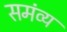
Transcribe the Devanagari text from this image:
समंव्य